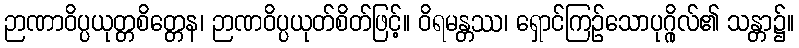
ဉာဏာဝိပ္ပယုတ္တစိတ္တေန၊ ဉာဏဝိပ္ပယုတ်စိတ်ဖြင့်။ ဝိရမန္တဿ၊ ရှောင်ကြဉ်သောပုဂ္ဂိုလ်၏ သန္တာ၌။